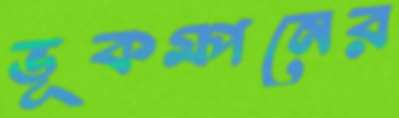
ভূকম্পনের